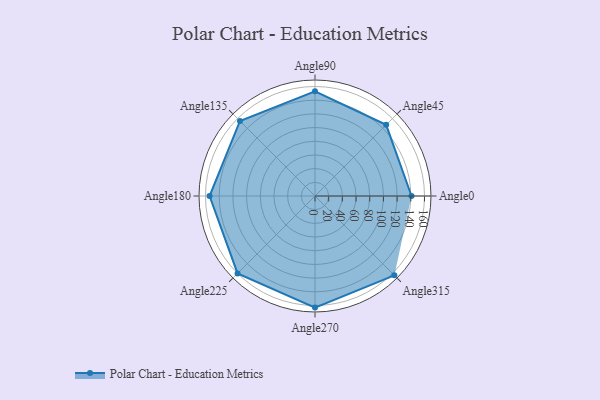
{"axis": {"x": "Angle", "y": "Radius"}, "legend": [""], "data": [{"x": "Angle0", "y": 141.0, "type": ""}, {"x": "Angle45", "y": 147.0, "type": ""}, {"x": "Angle90", "y": 153.0, "type": ""}, {"x": "Angle135", "y": 155.0, "type": ""}, {"x": "Angle180", "y": 154.0, "type": ""}, {"x": "Angle225", "y": 160.0, "type": ""}, {"x": "Angle270", "y": 163.0, "type": ""}, {"x": "Angle315", "y": 164.0, "type": ""}]}